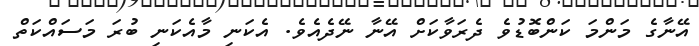
އޭނާގެ މަންމަ ކަންބޮޑުވެެ ދެރަވާކަށް އޭނާ ނޭދެއެވެ. އެކަނި މާއެކަނި ބުރަ މަސައްކަތް